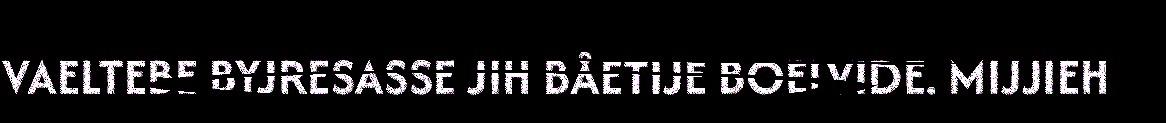
VAELTEBE BYJRESASSE JIH BÅETIJE BOELVIDE. MIJJIEH